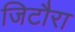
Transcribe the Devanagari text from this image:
जिटौरा